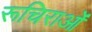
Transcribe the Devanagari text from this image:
रूचिराओं